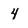
Character: 4